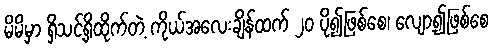
မိမိမှာ ရှိသင့်ရှိထိုက်တဲ့ ကိုယ်အလေးချိန်ထက် ၂ဝ ပို၍ဖြစ်စေ၊ လျော့၍ဖြစ်စေ